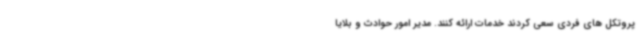
پروتکل های فردی سعی کردند خدمات ارائه‌ کنند. مدیر امور حوادث و بلایا